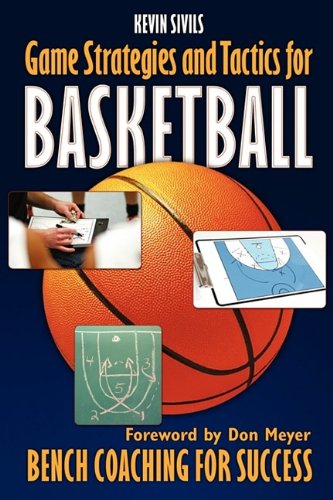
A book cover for Game Strategies and Tactics for Basketball: Bench Coaching for Success; Kevin Sivils; Sports & Outdoors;